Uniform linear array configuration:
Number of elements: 16
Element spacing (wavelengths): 0.5
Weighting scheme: blackman
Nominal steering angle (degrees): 30
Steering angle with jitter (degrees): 31.457
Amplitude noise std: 0.05
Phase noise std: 0.05

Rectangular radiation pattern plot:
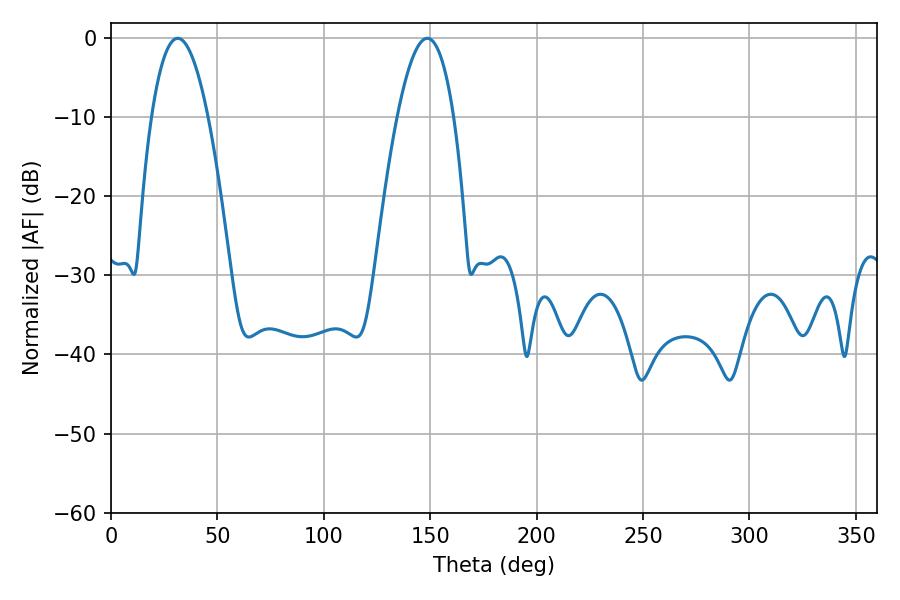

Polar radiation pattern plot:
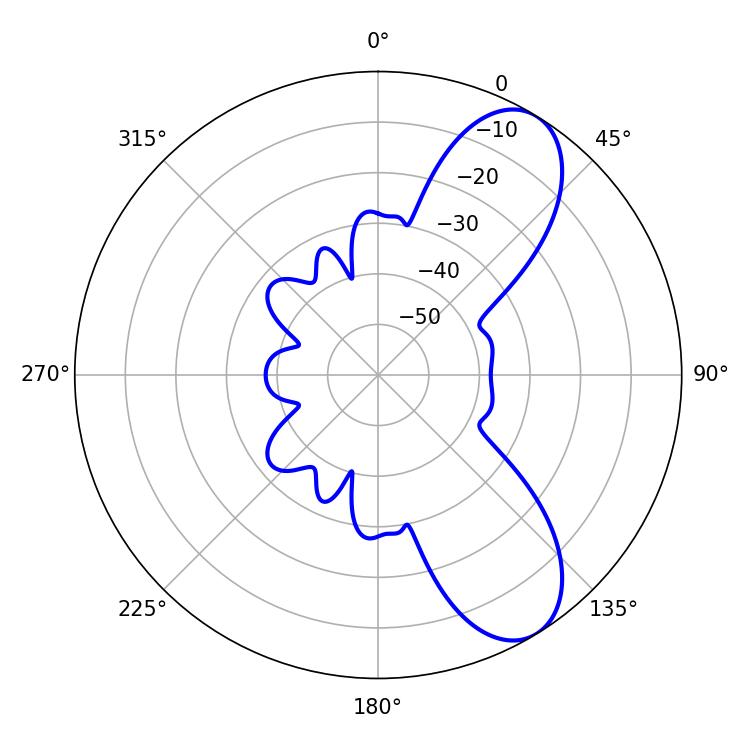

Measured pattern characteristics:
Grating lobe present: FALSE
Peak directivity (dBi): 8.426
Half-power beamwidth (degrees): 14.58
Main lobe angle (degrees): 31.32